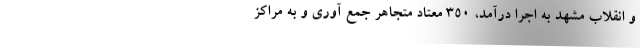
و انقلاب مشهد به اجرا درآمد، ۳۵۰ معتاد متجاهر جمع آوری و به مراکز